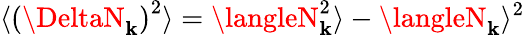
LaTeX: \langle\left(\DeltaN_{\mathbf{k}}\right)^{2}\rangle=\langleN_{\mathbf{k}}^{2}\rangle-\langleN_{\mathbf{k}}\rangle^{2}